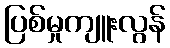
ပြစ်မှုကျူးလွန်